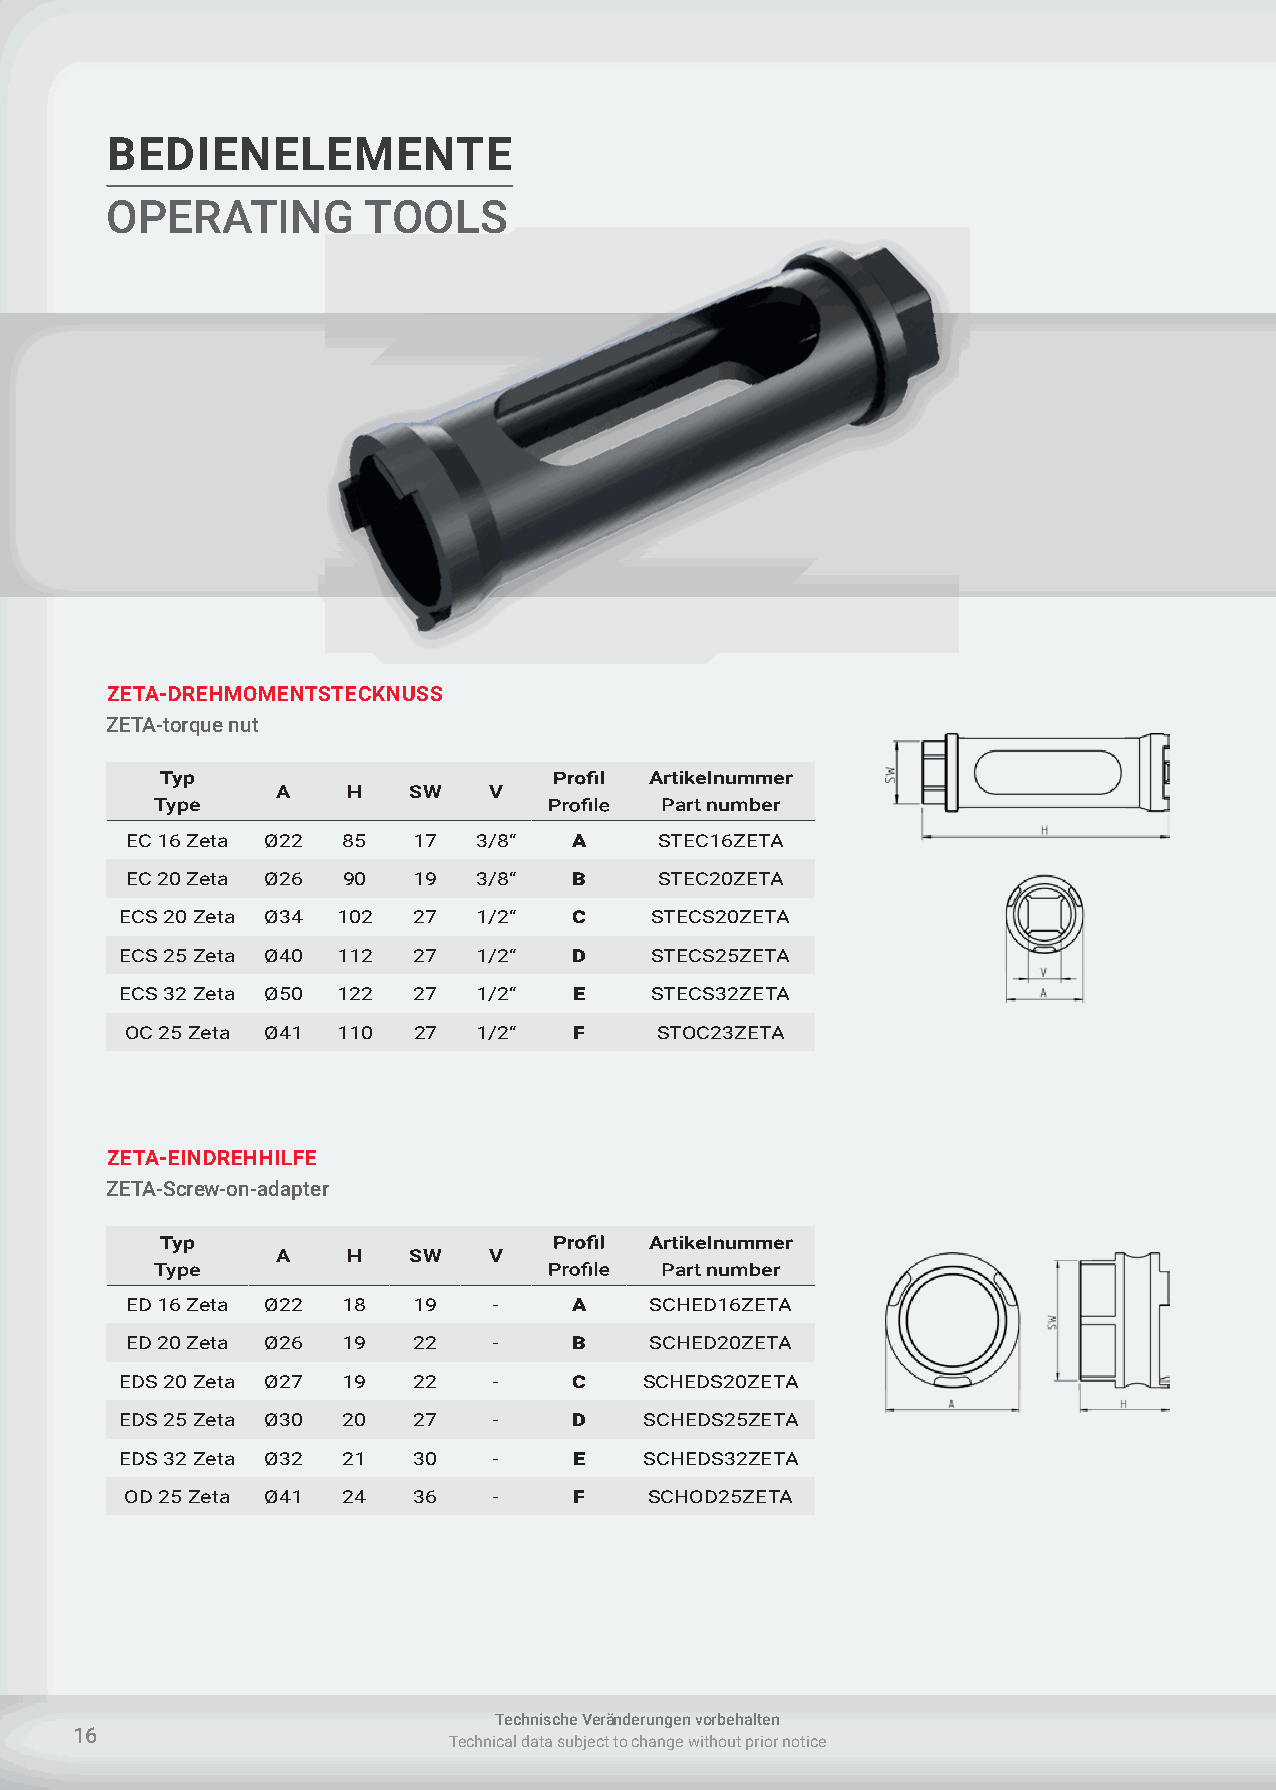
BEDIENELEMENTE
 OPERATING        TOOLS
 ZETA-DREHMOMENTSTECKNUSS
 ZETA-torque nut
 Typ                             Artikelnummer
 A    H   SW   V
 Type                              Part number
 EC 16 Zeta Ø22 85  17   3/8“  A     STEC16ZETA
 EC 20 Zeta Ø26 90  19   3/8“  B     STEC20ZETA
 ECS 20 Zeta Ø34 102 27  1/2“  C    STECS20ZETA
 ECS 25 Zeta Ø40 112 27  1/2“  D    STECS25ZETA
 ECS 32 Zeta Ø50 122 27  1/2“  E    STECS32ZETA
 OC 25 Zeta Ø41 110 27   1/2“  F    STOC23ZETA
 ZETA-EINDREHHILFE
 ZETA-Screw-on-adapter
 Typ                             Artikelnummer
 A    H   SW   V
 Type                              Part number
 ED 16 Zeta Ø22 18  19    -    A    SCHED16ZETA
 ED 20 Zeta Ø26 19  22    -    B    SCHED20ZETA
 EDS 20 Zeta Ø27 19 22    -    C    SCHEDS20ZETA
 EDS 25 Zeta Ø30 20 27    -    D    SCHEDS25ZETA
 EDS 32 Zeta Ø32 21 30    -    E    SCHEDS32ZETA
 OD 25 Zeta Ø41 24  36    -    F    SCHOD25ZETA
 Technische Veränderungen vorbehalten
 16
 Technical data subject to change without prior notice